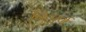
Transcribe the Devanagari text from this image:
निःपूर्ण